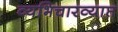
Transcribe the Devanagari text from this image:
व्यभिचारव्याप्त